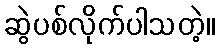
ဆွဲပစ်လိုက်ပါသတဲ့။